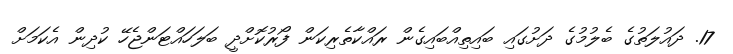
17. ދައުލަތުގެ ބެލުމުގެ ދަށުގައި ބައިތިއްބައިގެން ރައްކާތެރިކަން ފޯރުކޮށްދީ ބަލަހައްޓަންޖެހޭ ކުދިން އެކަމަށް